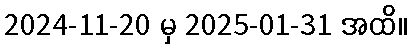
2024-11-20 မှ 2025-01-31 အထိ။